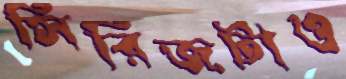
সিরিজটাও